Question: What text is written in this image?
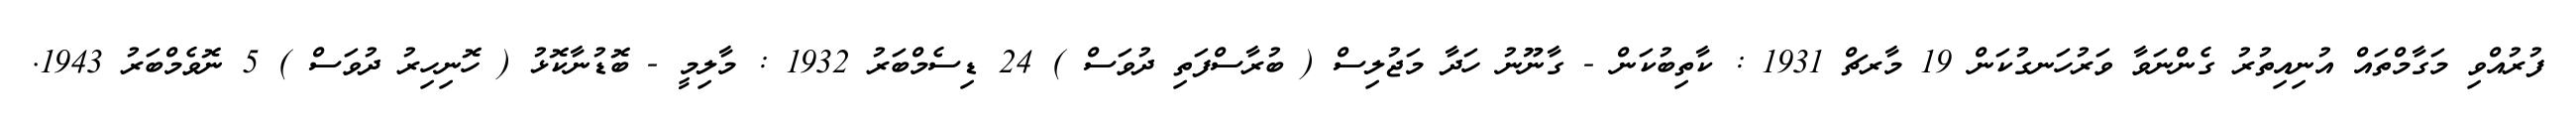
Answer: ފުރުއްވި މަގާމްތައް އުނިއިތުރު ގެންނަވާ ވަރުހަނގުކަން 19 މާރޗް 1931 : ކާތިބުކަން - ގާނޫނު ހަދާ މަޖުލިސް ( ބުރާސްފަތި ދުވަސް ) 24 ޑިސެމްބަރު 1932 : މާލިމީ - ބޮޑުނާކޮޅު ( ހޮނިހިރު ދުވަސް ) 5 ނޮވެމްބަރު 1943.